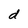
Character: d